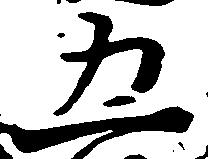
五